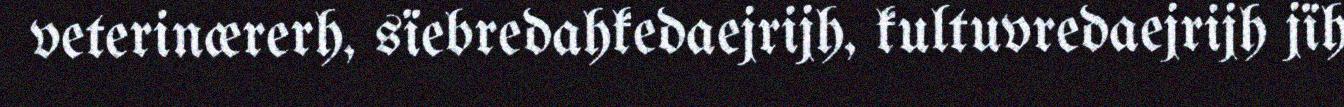
veterinærerh, sïebredahkedaejrijh, kultuvredaejrijh jïh